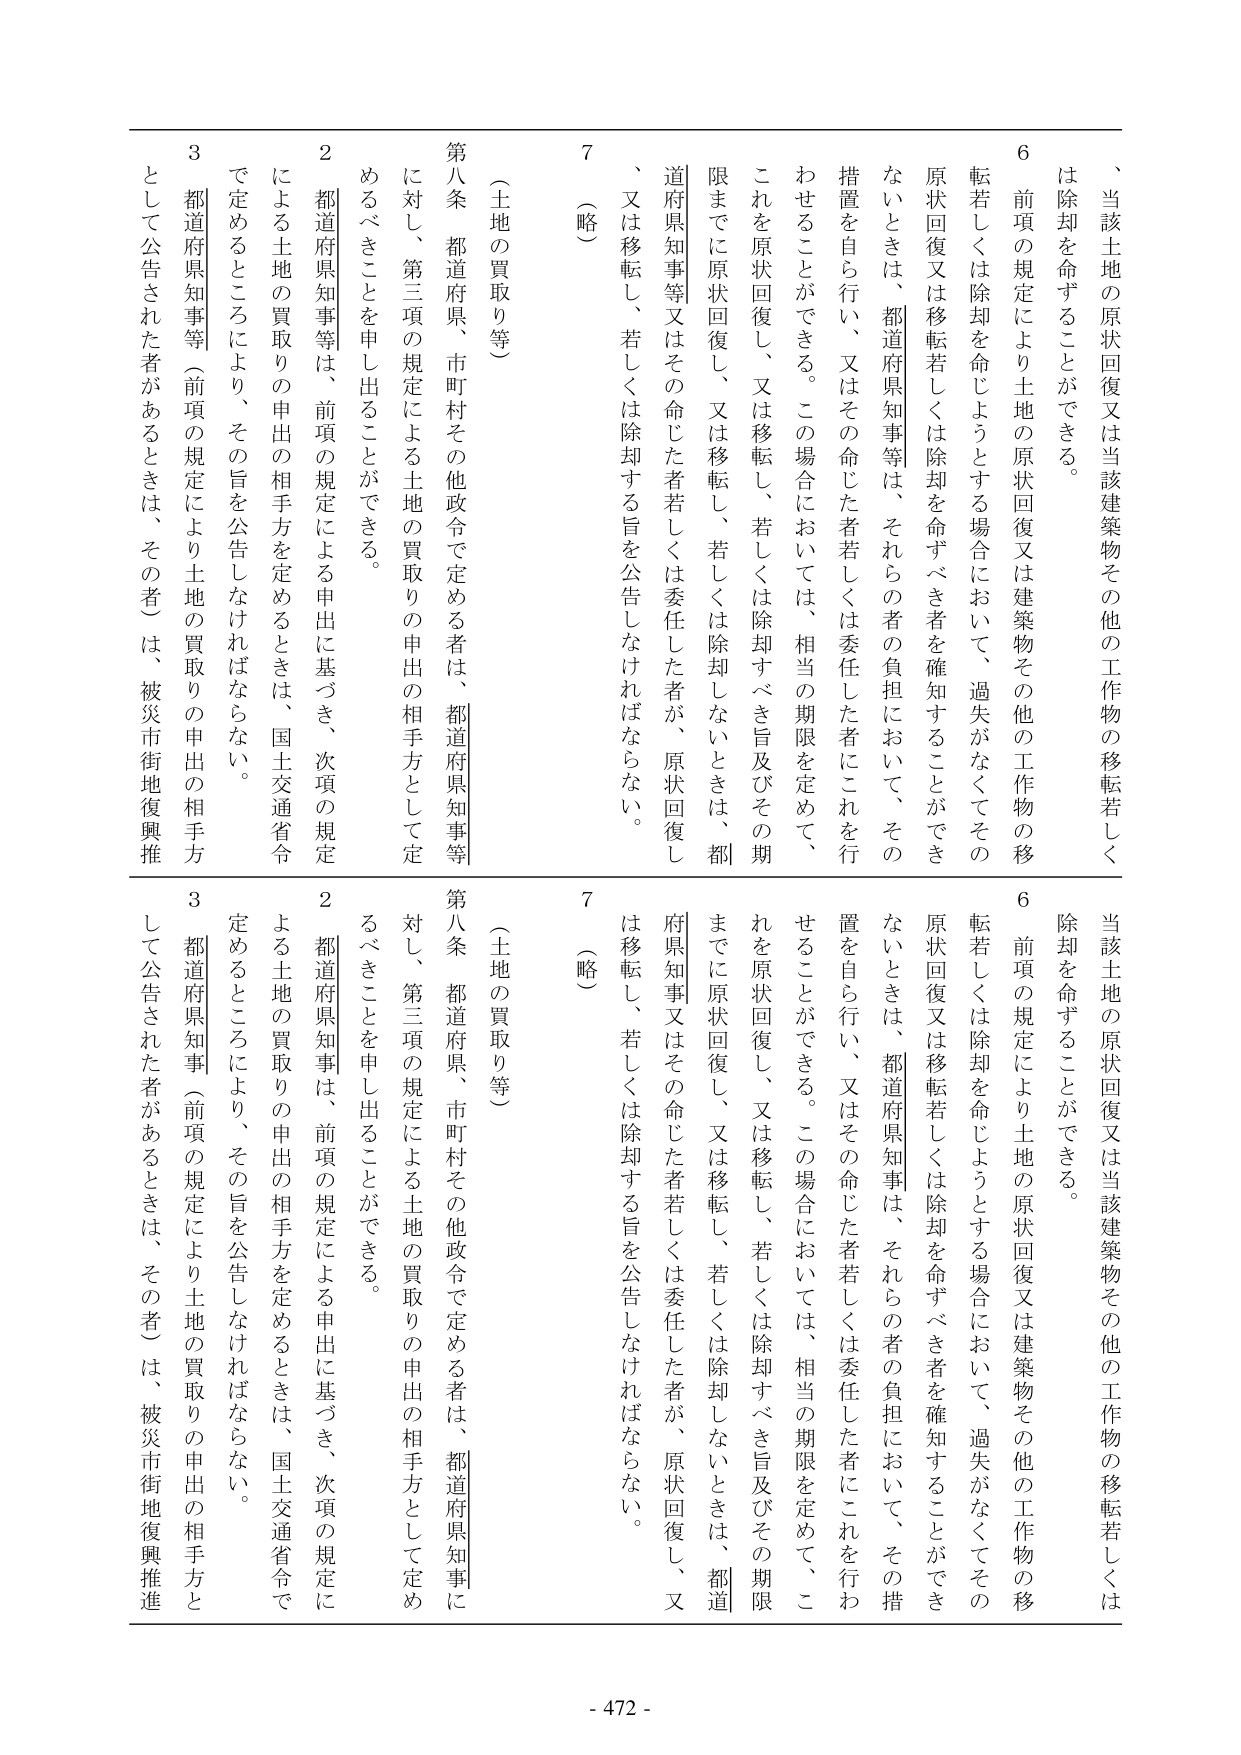
、当該土地の原状回復又は当該建築物その他の工作物の移転若しくは除却を命ずることができる。

6 前項の規定により土地の原状回復又は建築物その他の工作物の移転若しくは除却を命じようとする場合において、過失がなくてその原状回復又は移転若しくは除却を命ずべき者を確知することができないときは、都道府県知事等は、それらの者の負担において、その措置を自ら行い、又はその命じた者若しくは委任した者にこれを行わせることができる。この場合においては、相当の期限を定めて、これを原状回復し、又は移転し、若しくは除却すべき旨及びその期限までに原状回復し、又は移転し、若しくは除却しないときは、都道府県知事又はその命じた者若しくは委任した者が、原状回復し、又は移転し、若しくは除却する旨を公告しなければならない。

7 （略）

（土地の買取り等）

第八条 都道府県、市町村その他政令で定める者は、都道府県知事等に対し、第三項の規定による土地の買取りの申出の相手方として定めるべきことを申し出ることができる。

2 都道府県知事等は、前項の規定による申出に基づき、次項の規定による土地の買取りの申出の相手方を定めるときは、国土交通省令で定めるところにより、その旨を公告しなければならない。

3 都道府県知事等（前項の規定により土地の買取りの申出の相手方として公告された者があるときは、その者）は、被災市街地復興推進

、当該土地の原状回復又は当該建築物その他の工作物の移転若しくは除却を命ずることができる。

6 前項の規定により土地の原状回復又は建築物その他の工作物の移転若しくは除却を命じようとする場合において、過失がなくてその原状回復又は移転若しくは除却を命ずべき者を確知することができないときは、都道府県知事は、それらの者の負担において、その措置を自ら行い、又はその命じた者若しくは委任した者にこれを行わせることができる。この場合においては、相当の期限を定めて、これを原状回復し、又は移転し、若しくは除却すべき旨及びその期限までに原状回復し、又は移転し、若しくは除却しないときは、都道府県知事又はその命じた者若しくは委任した者が、原状回復し、又は移転し、若しくは除却する旨を公告しなければならない。

7 （略）

（土地の買取り等）

第八条 都道府県、市町村その他政令で定める者は、都道府県知事に対し、第三項の規定による土地の買取りの申出の相手方として定めるべきことを申し出ることができる。

2 都道府県知事は、前項の規定による申出に基づき、次項の規定による土地の買取りの申出の相手方を定めるときは、国土交通省令で定めるところにより、その旨を公告しなければならない。

3 都道府県知事（前項の規定により土地の買取りの申出の相手方として公告された者があるときは、その者）は、被災市街地復興推進

- 472 -